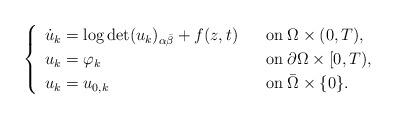
LaTeX: \begin{align*} \begin{cases} \begin{array}{ll} \dot{u}_k=\log\det (u_k)_{\alpha\bar{\beta}}+f(z,t)\;\;\;&\mbox{on}\;\Omega\times (0,T),\\ u_k=\varphi_k&\mbox{on}\;\partial\Omega\times [0,T),\\ u_k=u_{0,k}&\mbox{on}\;\bar{\Omega}\times\{ 0\}.\\ \end{array} \end{cases} \end{align*}